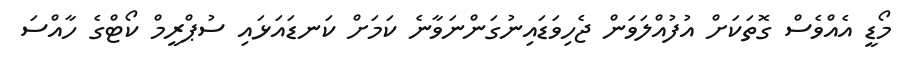
މޯޑީ އެއްވެސް ގޮތަކަށް އުފުއްލަވަން ޖެހިވަޑައިނުގަންނަވާނެ ކަމަށް ކަނޑައަޅައި ސުޕްރީމް ކޯޓްގެ ހާއްސަ